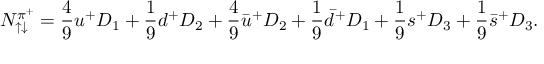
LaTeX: N _ { \uparrow \downarrow } ^ { \pi ^ { + } } = \frac { 4 } { 9 } u ^ { + } D _ { 1 } + \frac { 1 } { 9 } d ^ { + } D _ { 2 } + \frac { 4 } { 9 } \bar { u } ^ { + } D _ { 2 } + \frac { 1 } { 9 } \bar { d } ^ { + } D _ { 1 } + \frac { 1 } { 9 } s ^ { + } D _ { 3 } + \frac { 1 } { 9 } \bar { s } ^ { + } D _ { 3 } .